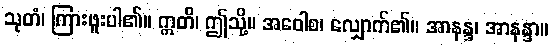
သုတံ၊ ကြားဖူးပါ၏။ ဣတိ၊ ဤသို့။ အဝေါစ၊ လျှောက်၏။ အာနန္ဒ၊ အာနန္ဒာ။